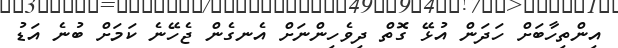
އިންތިހާބަށް ހަދަން އުޅޭ ގޮތް ދިވެހިންނަށް އެނގެން ޖެހޭނެ ކަމަށް ބުނެ އަޑު